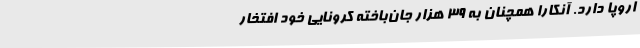
اروپا دارد. آنکارا همچنان به 39 هزار جان‌باخته کرونایی خود افتخار